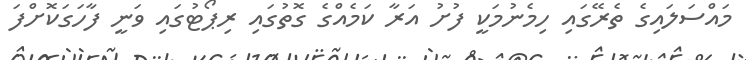
މައްސަލައިގެ ތެރޭގައި ހިމެނުމަކީ ފުށު އަރާ ކަމެއްގެ ގޮތުގައި ރިޕޯޓުގައި ވަނީ ފާހަގަކޮށްފަ